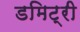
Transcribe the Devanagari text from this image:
डमिट्री